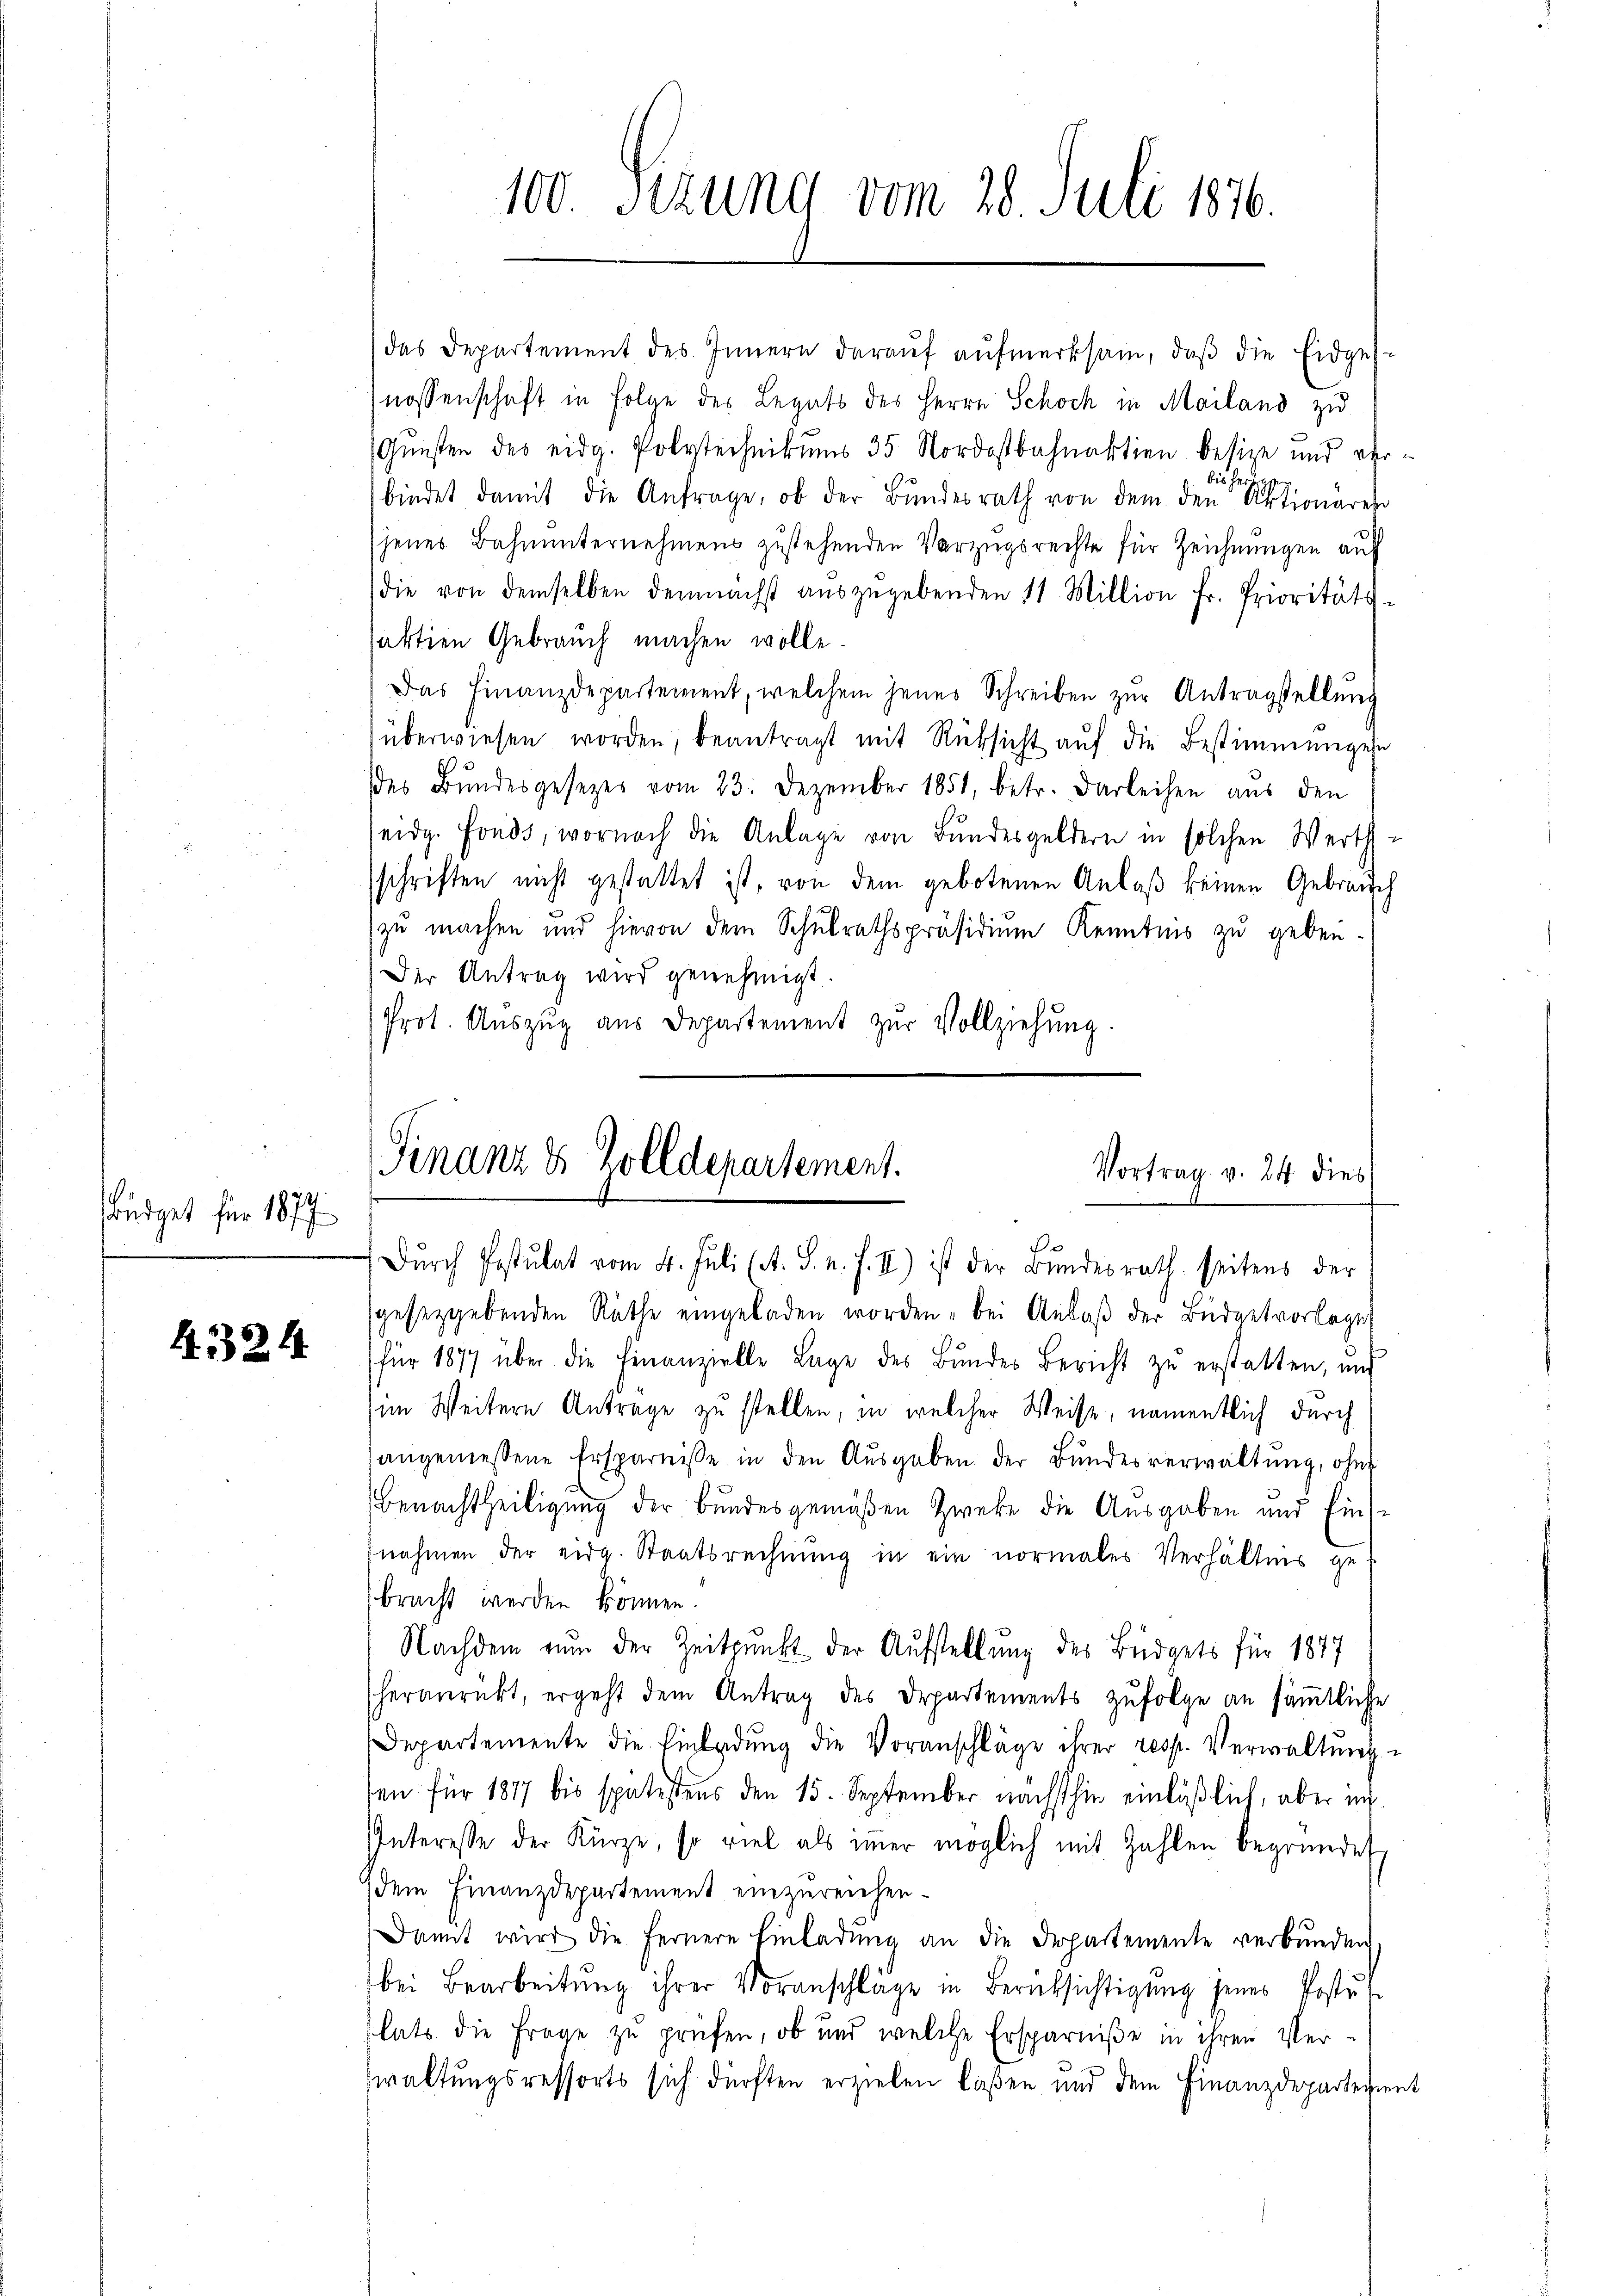
Büdget für 1877

4324

das Departement des Innern darauf aufmerksam, daß die Eidgesnossenschaft in Folge des Legats des Herrn Schoch in Mailand zu
Gunsten des eidg. Polytechnikums 35 Nordostbahnaktion besize und verbindet damit die Anfrage, ob der Bundesrath von dem den entionare
jenes Bahnunternehmens zustehenden Vorzugsrechte für Zeichnungen auf
die von demselben demnächst aŭszŭgebenden 11 Million fr. Prioritäts-
aktien Gebrauch machen wolle
Das Finanzdepartement, welchem jenes Schreiben zŭr Antragstellŭng
überwiesen worden, beantragt mit Rüksicht aŭf die Bestimmungen
des Bŭndesgesetzes vom 23. Dezember 1851, betr. Darleihen aus den
seidg. Fonds, wornach die Anlage von Bundesgeldern in solchen Werthschriften nicht gestattet ist, von dem gebotenen Anlaß keinen Gebrauch
zu machen und hievon dem Schulrathspräsidium Kenntnis zu geben-
Der Antrag wird genehmigt.
Prot. Auszug aus Departement zur Vollziehung.

sgesetzgebenden Räthe eingeladen worden, bei Anlaß der Büdgetvorlages
für 1877 über die Finanzielle Lage des Bŭndes Bericht zŭ erstatten, und
im Weitern Antrage zu stellen, in welcher Weise, namentlich durch
angemessene Ersparnisse in den Aŭsgaben der Bundesverwaltung, ohne
Benachtheiligung der Bundesgemäßen Zwecke die Ausgaben und Einsnahmen der eidg. Staatsrechnung in ein normaler Verhältnis ge
bracht werden können.
Nachdem nun der Zeitpunkt der Aufstellung des Büdgets für 1847
heranrückt, ergeht dem Antrag des Departements zŭfolge an säṁtliche
Departemente die Einladŭng die Voranschläge ihrer resp. Verwaltung
sen für 1817 bis spätestens den 15. September nächsthin einläßlich, aber in
Interesse der Kürze, so viel als immer möglich mit Zahlen begründet,
dem Finanzdepartement einzureichen.
Damit wird die fernere Einladung an die Departemente verbunden
bei Bearbeitŭng ihrer Voranschläge in Berücksichtigŭng jenes Postŭt-
lats die Frage zu prüfen, ob und welche Ersparniße in ihren Ver-
waltungsressorts sich dürften erzielen laßen und dem Finanzdeparterient

100. Setzung vom 28. Juli 1876.

Finanz & Zolldepartement.
Vortrag. v. 24 dies
e
Dŭrch Postulat vom 4. Juli (A. S. n. F. II) ist der Bŭndesrath seitens der